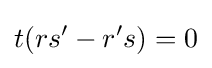
t(rs'-r's)=0